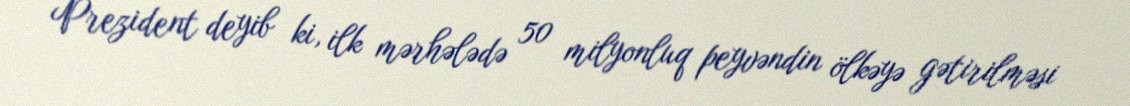
Prezident deyib ki, ilk mərhələdə 50 milyonluq peyvəndin ölkəyə gətirilməsi